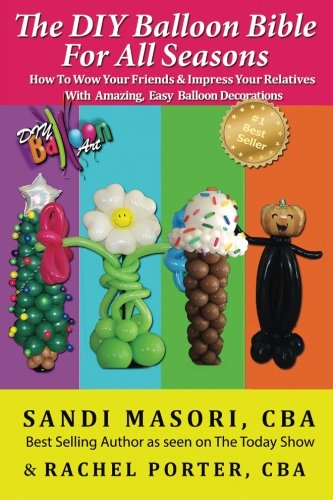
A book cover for The DIY Balloon Bible For All Seasons: How To Wow Your Friends & Impress Your Relatives WIth Amazing, Easy Balloon Decorations; Sandi Masori; Crafts, Hobbies & Home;